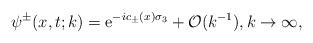
\begin{align*}&\psi^{\pm}(x,t;k)=\mathrm{e}^{ -ic_\pm(x)\sigma_3}+\mathcal{O}(k^{-1}),k\rightarrow\infty,\end{align*}